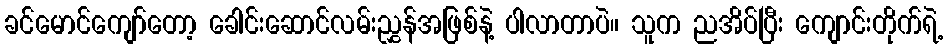
ခင်မောင်ကျော်တော့ ခေါင်းဆောင်လမ်းညွှန်အဖြစ်နဲ့ ပါလာတာပဲ။ သူက ညအိပ်ပြီး ကျောင်းတိုက်ရဲ့